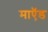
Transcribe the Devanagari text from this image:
माऍड